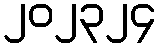
၂၀၂၃၂၄